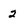
Character: 2